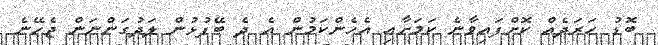
ބޮޑު ހަރަދެއް ކޮށްފައިވާނެ ކަމަށާއި އެހެންކަމުން އެ ދެ ބޭފުޅުން ލަދުގަންނަން ޖެހޭނެ